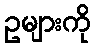
ဥများကို